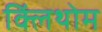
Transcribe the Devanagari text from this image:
क्लिंथोम